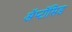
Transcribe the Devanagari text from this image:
अॅप्टॉसिड